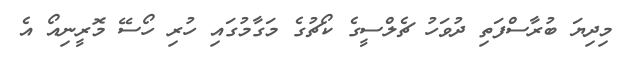
މިދިޔަ ބުރާސްފަތި ދުވަހު ޗެލްސީގެ ކޯޗުގެ މަގާމުގައި ހުރި ހޯސޭ މޮރީނިއޯ އެ